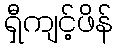
ရှီကျင့်ဖိန်